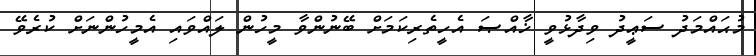
މުޙައްމަދު ސަޢީދު ވިދާޅުވީ ޚާއްޞަ އެހީތެރިކަަމަށް ބޭނުންވާ މީހުން ލައްވައި އެމީހުންނަށް ކުރެވޭ